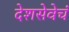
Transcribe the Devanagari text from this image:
देशसेवेचं